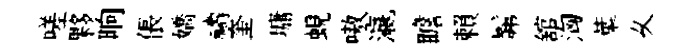
嗟夥晌倀嬌禱奎墉蜆嗷瀛瞻賴髴舘洶葉乆